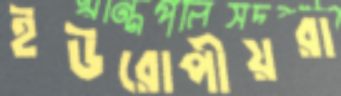
ইউরোপীয়রা